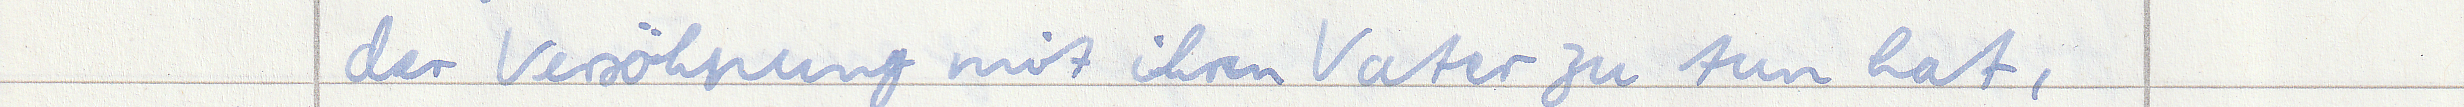
der Versöhnung mit ihren Vater zu tun hat,